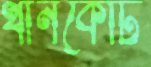
থানকোট